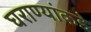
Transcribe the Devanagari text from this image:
घराण्यांकडे